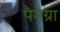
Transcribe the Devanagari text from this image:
पैनेग्रा